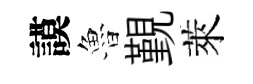
謨魯覲萊